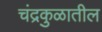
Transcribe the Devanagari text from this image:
चंद्रकुळातील